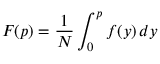
F ( p ) = \frac { 1 } { N } \int _ { 0 } ^ { p } f ( y ) \, d y